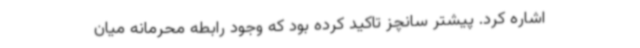
اشاره کرد. پیشتر سانچز تاکید کرده بود که وجود رابطه محرمانه میان